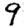
Digit: 9